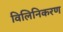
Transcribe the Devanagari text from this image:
विलिनिकरण